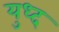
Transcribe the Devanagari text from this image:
युध्‍द